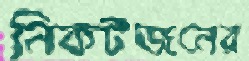
নিকটজনের